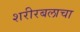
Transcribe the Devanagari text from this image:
शरीरबलाचा